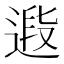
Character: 𨕉